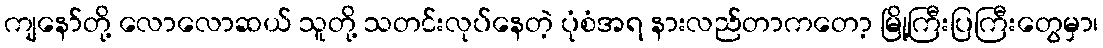
ကျနော်တို့ လောလောဆယ် သူတို့ သတင်းလုပ်နေတဲ့ ပုံစံအရ နားလည်တာကတော့ မြို့ကြီးပြကြီးတွေမှာ၊